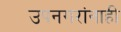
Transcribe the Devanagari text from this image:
उपनगरांनाही